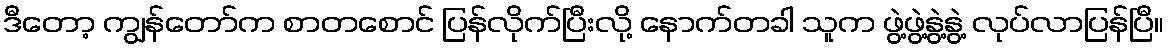
ဒီတော့ ကျွန်တော်က စာတစောင် ပြန်လိုက်ပြီးလို့ နောက်တခါ သူက ဖွဲ့ဖွဲ့နွဲ့နွဲ့ လုပ်လာပြန်ပြီ။